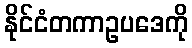
နိုင်ငံတကာဥပဒေကို